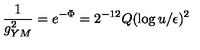
{ \frac { 1 } { g _ { Y M } ^ { 2 } } } = e ^ { - \Phi } = 2 ^ { - 1 2 } Q ( \log { u / \epsilon } ) ^ { 2 }